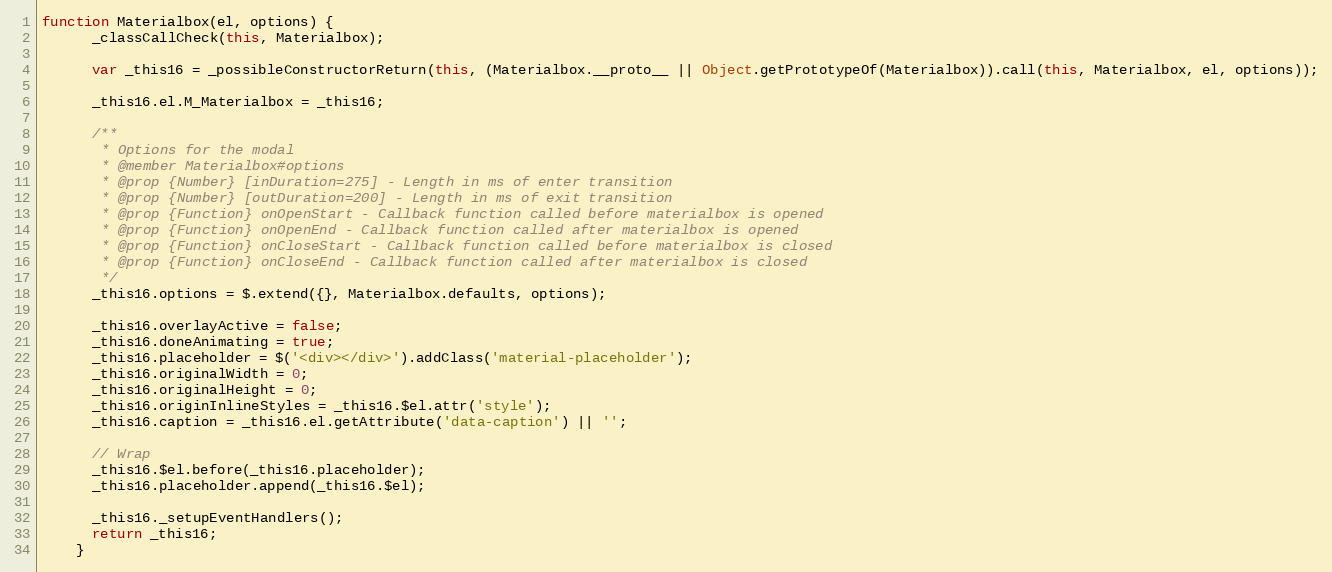
Language: JavaScript
function Materialbox(el, options) {
      _classCallCheck(this, Materialbox);

      var _this16 = _possibleConstructorReturn(this, (Materialbox.__proto__ || Object.getPrototypeOf(Materialbox)).call(this, Materialbox, el, options));

      _this16.el.M_Materialbox = _this16;

      /**
       * Options for the modal
       * @member Materialbox#options
       * @prop {Number} [inDuration=275] - Length in ms of enter transition
       * @prop {Number} [outDuration=200] - Length in ms of exit transition
       * @prop {Function} onOpenStart - Callback function called before materialbox is opened
       * @prop {Function} onOpenEnd - Callback function called after materialbox is opened
       * @prop {Function} onCloseStart - Callback function called before materialbox is closed
       * @prop {Function} onCloseEnd - Callback function called after materialbox is closed
       */
      _this16.options = $.extend({}, Materialbox.defaults, options);

      _this16.overlayActive = false;
      _this16.doneAnimating = true;
      _this16.placeholder = $('<div></div>').addClass('material-placeholder');
      _this16.originalWidth = 0;
      _this16.originalHeight = 0;
      _this16.originInlineStyles = _this16.$el.attr('style');
      _this16.caption = _this16.el.getAttribute('data-caption') || '';

      // Wrap
      _this16.$el.before(_this16.placeholder);
      _this16.placeholder.append(_this16.$el);

      _this16._setupEventHandlers();
      return _this16;
    }